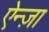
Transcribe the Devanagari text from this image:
ऐन्ज़ा